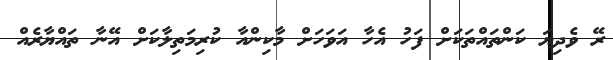
ރޭ ވެދިޔަ ކަންތައްތަކަށް ފަހު އެހާ އަވަހަށް މާކިންއާ ކުރިމަތިލާކަށް އޭނާ ތައްޔާރެއް